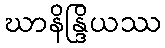
ဃာနိန္ဒြိယဿ